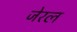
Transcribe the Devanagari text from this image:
जेरल